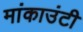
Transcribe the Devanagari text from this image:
मांकाउंटी